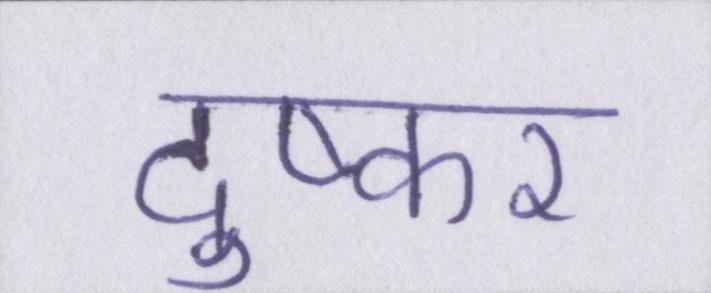
दुष्कर